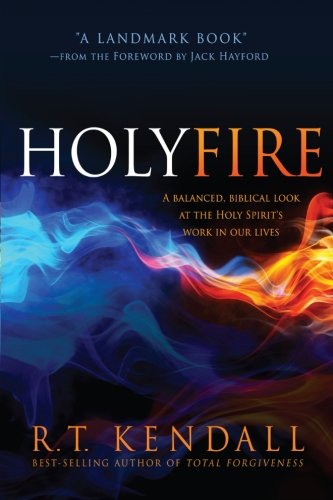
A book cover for Holy Fire: A Balanced, Biblical Look at the Holy Spirit's Work in Our Lives; R.T. Kendall; Christian Books & Bibles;